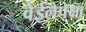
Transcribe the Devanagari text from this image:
वेईलेपेक्षा